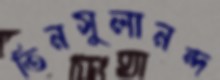
তিনসুলানন্দ